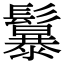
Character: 𩯱